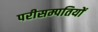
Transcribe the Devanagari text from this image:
परीसम्पतियों